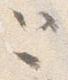
と